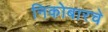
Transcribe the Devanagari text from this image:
निकोबारचे